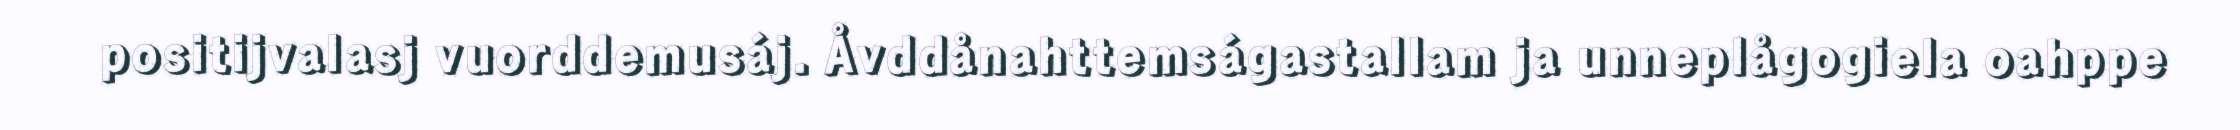
positijvalasj vuorddemusáj. Åvddånahttemságastallam ja unneplågogiela oahppe